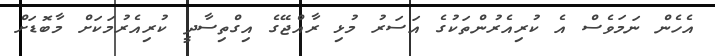
އެހެން ނަމަވެސް އެ ކުރިއެރުންތަކުގެ އަސަރު މުޅި ރާއްޖޭގެ އިގްތިސާދީ ކުރިއެރުމަކަށް މާބޮޑަށް